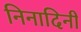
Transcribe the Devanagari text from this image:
निनादिनी